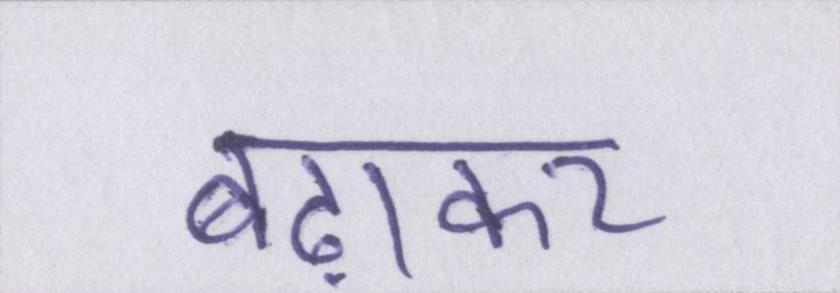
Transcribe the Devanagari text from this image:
बढ़ाकर